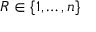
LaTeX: R \in \{ 1 , \ldots , n \}